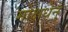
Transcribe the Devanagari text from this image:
मोक्षधेनु